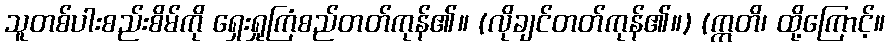
သူတစ်ပါးစည်းစိမ်ကို ရှေးရှုကြံစည်တတ်ကုန်၏။ (လိုချင်တတ်ကုန်၏။) (ဣတိ၊ ထို့ကြောင့်။